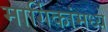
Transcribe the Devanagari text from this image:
मार्गिकांमध्ये